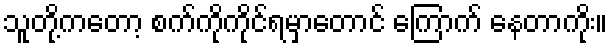
သူတို့ကတော့ စက်ကိုကိုင်ရမှာတောင် ကြောက် နေတာကိုး။